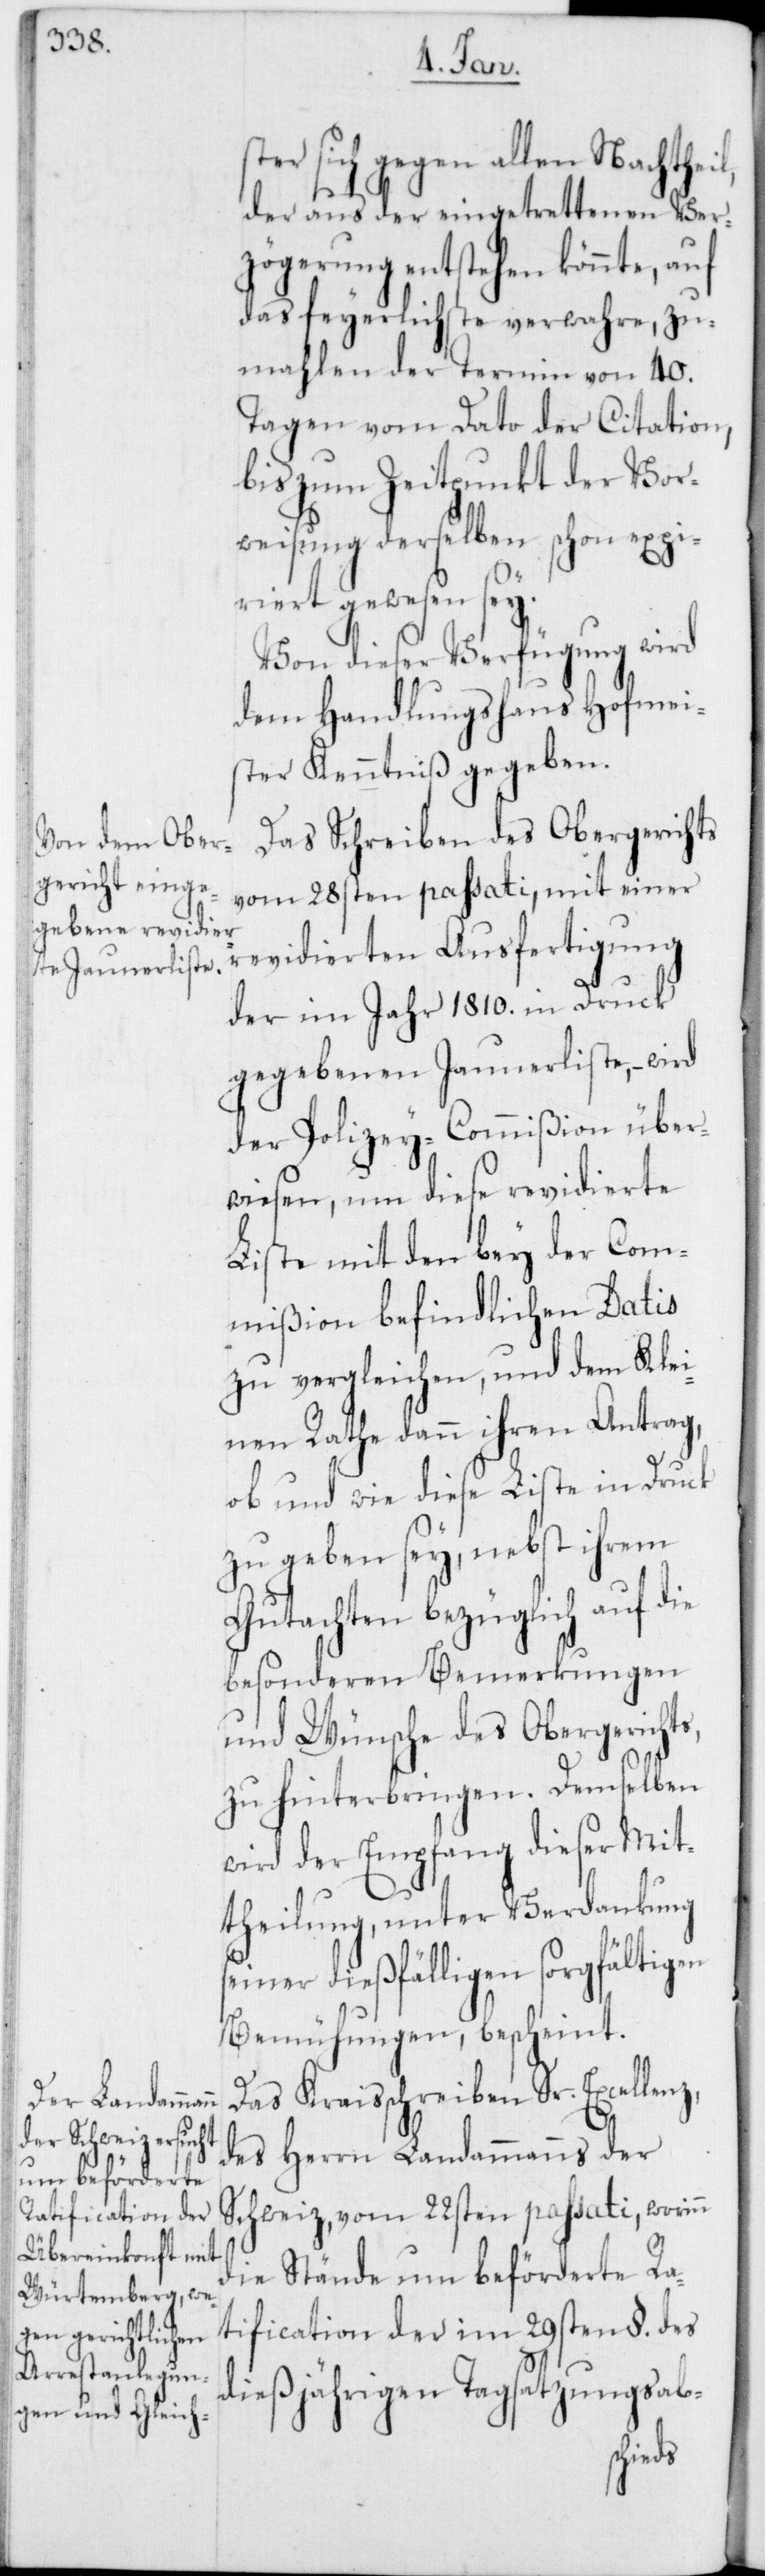
ter sich gegen allen Nachtheil,
der aus der eingetrettenen Ver¬
zögerung entstehen könnte, auf
das feyerlichste verwahre, zu¬
mahlen der Termin von 40.
Tagen vom Dato der Citation,
bis zum Zeitpunkt der Vor¬
weisung derselben schon expi¬
riert gewesen sey.
Von dieser Verfügung wird
dem Handlungshaus Hofmei¬
ster Kenntniß gegeben.
Das Schreiben des Obergerichts
vom 28sten passati, mit einer
revidierten Ausfertigung
der im Jahr 1810. in Druck
gegebenen Jaunerliste, – wird
der Polizey-Commißion über¬
wiesen, um diese revidierte
Liste mit den bey der Com¬
mißion befindlichen Datis
zu vergleichen, und dem Klei¬
nen Rathe dann ihren Antrag,
ob und wie diese Liste in Druck
zu geben sey, nebst ihrem
Gutachten bezüglich auf die
besonderen Bemerkungen
und Wünsche des Obergerichts,
zu hinterbringen. Demselben
wird der Empfang dieser Mit¬
theilung, unter Verdankung
seiner dießfälligen sorgfältigen
Bemühungen, bescheint.
Das Kraisschreiben Sr. Excellenz,
des Herrn Landammanns der
Schweiz, vom 22sten passati, worinn
die Stände um beförderete Ra¬
tification der im 29sten §. des
dießjährigen Tagsatzungsab-
s¬